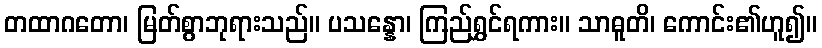
တထာဂတော၊ မြတ်စွာဘုရားသည်။ ပသန္နော၊ ကြည်ရွှင်ရကား။ သာဓူတိ၊ ကောင်း၏ဟူ၍။